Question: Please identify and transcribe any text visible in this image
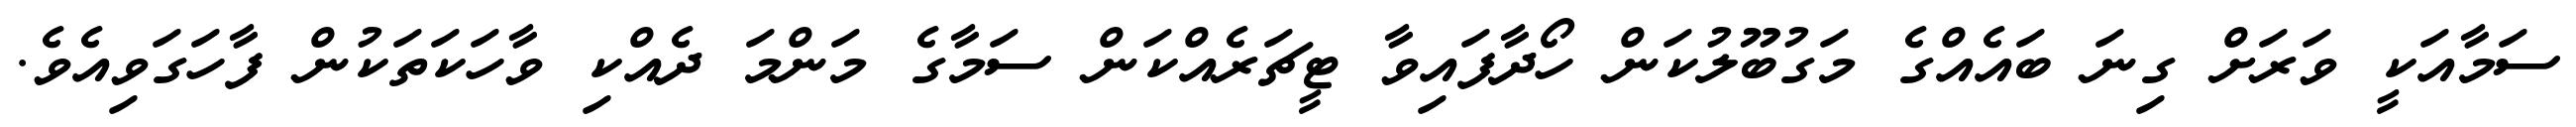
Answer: ސަމާއަކީ ވަރަށް ގިނަ ބައެއްގެ މަގުބޫލުކަން ހޯދާފައިވާ ޓީޗަރެއްކަން ސަމާގެ މަންމަ ދެއްކި ވާހަކަތަކުން ފާހަގަވިއެވެ.